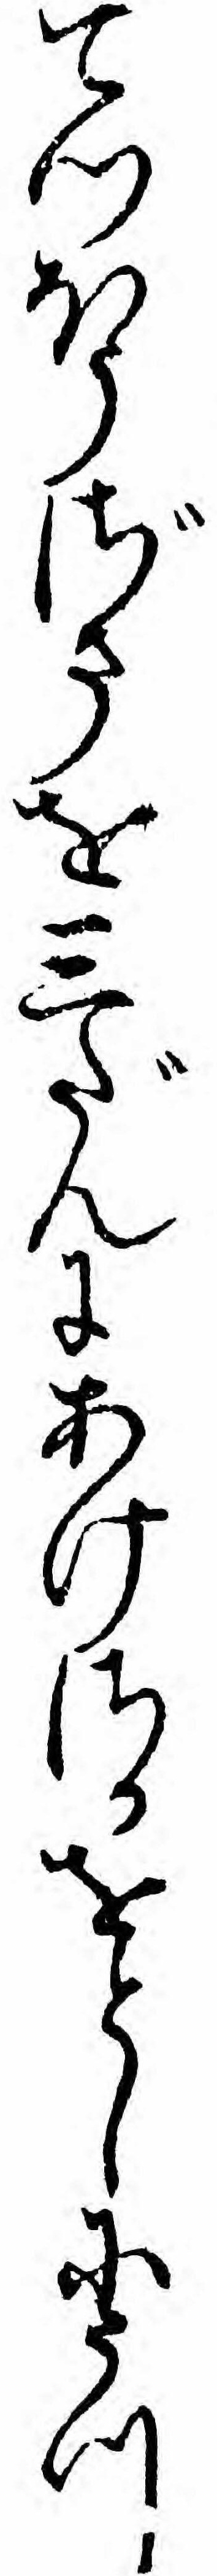
てつほうざまを三だんにあけさかをとしにうつ